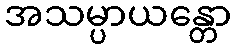
အသမ္ပာယန္တော